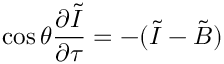
\cos \theta \frac { \partial \tilde { I } } { \partial \tau } = - ( \tilde { I } - \tilde { B } )